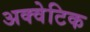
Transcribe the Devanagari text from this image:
अक्वेटिक